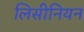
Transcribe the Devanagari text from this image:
लिसीनियन